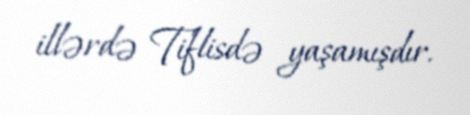
illərdə Tiflisdə yaşamışdır.